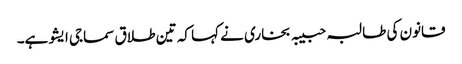
قانون کی طالبہ حبیبہ بخاری نے کہا کہ تین طلاق سماجی ایشو ہے۔